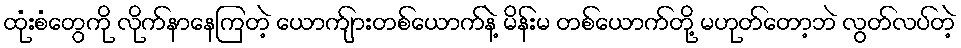
ထုံးစံတွေကို လိုက်နာနေကြတဲ့ ယောက်ျားတစ်ယောက်နဲ့ မိန်းမ တစ်ယောက်တို့ မဟုတ်တော့ဘဲ လွတ်လပ်တဲ့